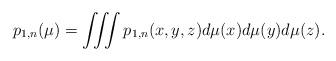
LaTeX: \begin{align*}p_{1,n}(\mu)=\iiint p_{1,n}(x,y,z) d \mu (x)d \mu (y) d \mu (z).\end{align*}